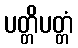
ပတ္တိပတ္တံ